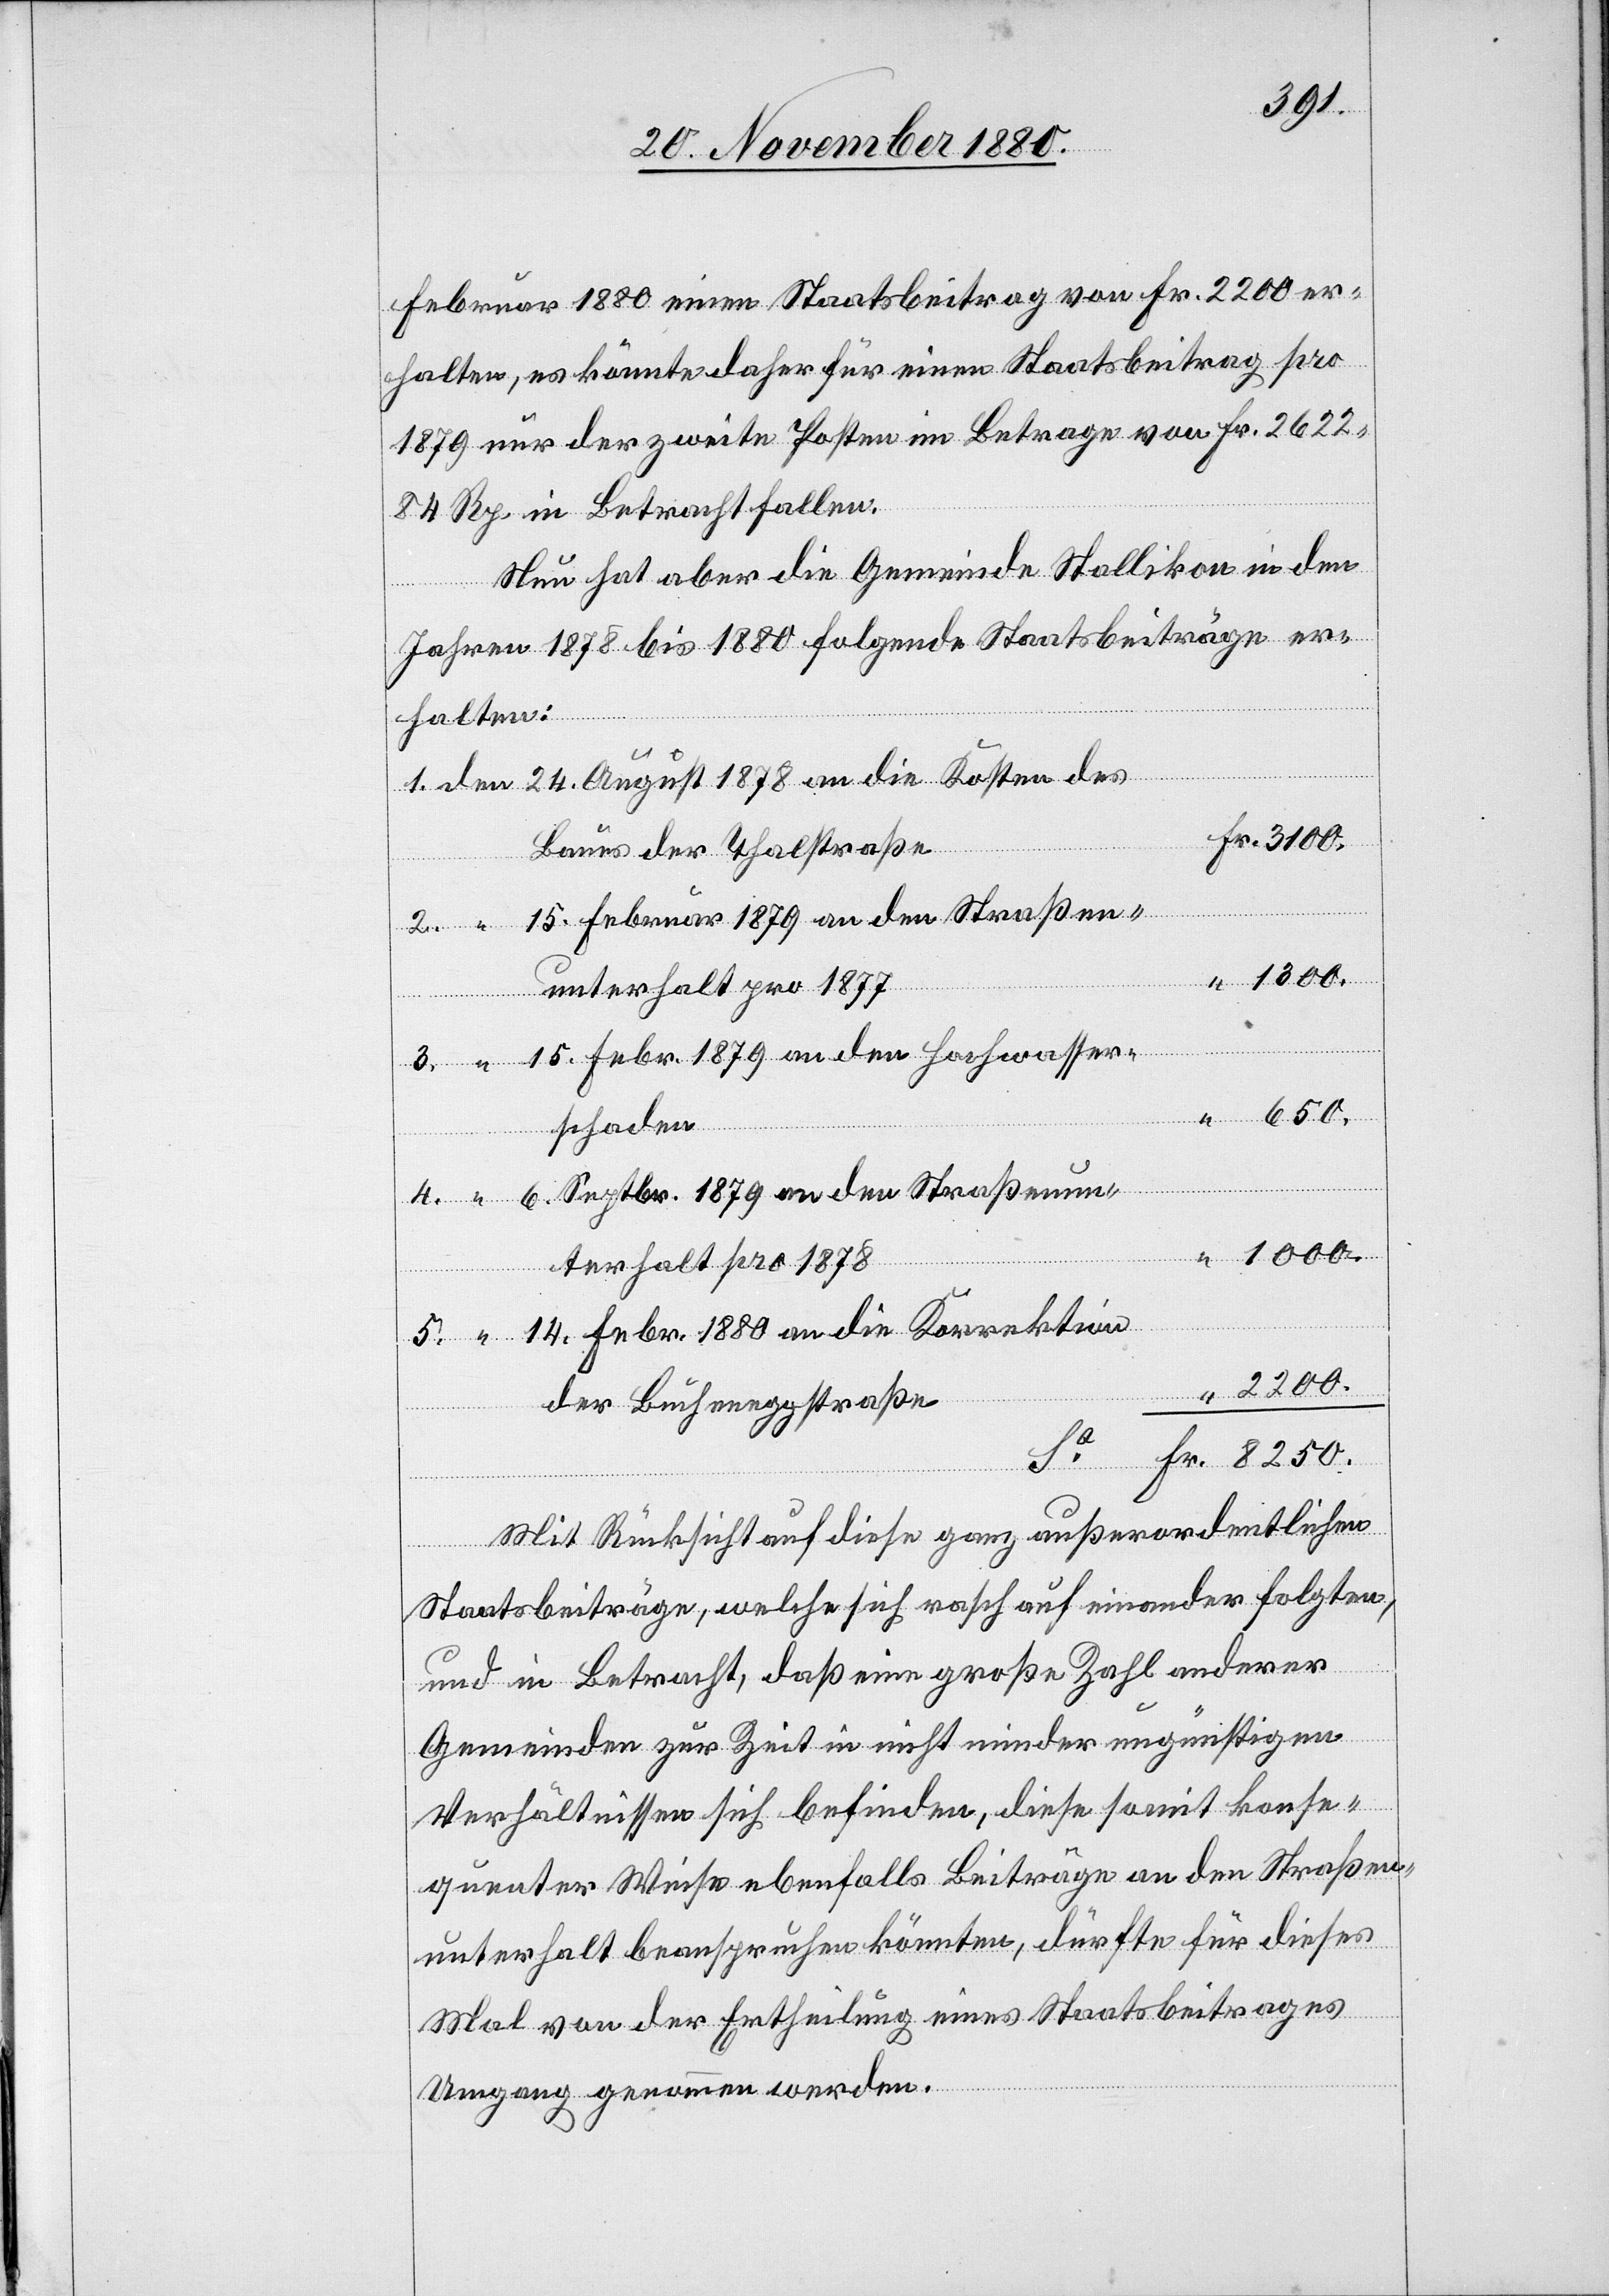
3.
Februar 1880 einen Staatsbeitrag pro 1879 nur
84 Rp. in Betracht fallen.
Nun hat aber die Gemeinde Stallikon in den
Jahren 1878 bis 1880 folgende Staatsbeiträge er¬
halten:
24. August 1878 an die Kosten des
Baues der Thalstraße
15. Februar 1879 an den Straßen¬
8250.
unterhalt pro 1877
“
Fr.
15. Febr. 1879 an den Hochwasser¬
650.
schaden
6. Septbr. 1879 an den Straßenu¬
im
1000.
nterhalt pro 1878
14. Febr. 1880 an die Korrektion
2200.
der Bucheneggstraße
Mit Rücksicht auf diese ganz außerordentlichen
Staatsbeiträge, welche sich rasch auf einander folgten,
und in Betracht, daß eine große Zahl anderer
Gemeinden zur Zeit in nicht minder ungünstigen
Verhältnissen sich befinden, diese somit konse¬
quenter Weise ebenfalls Beiträge an den Straßen¬
unterhalt beanspruchen könnten, dürfte für dieses
Mal von der Ertheilung eines Staatsbeitrages
Umgang genommen werden.